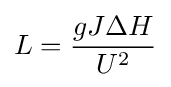
L={\frac {gJ{\Delta }H}{U^{2}}}